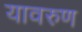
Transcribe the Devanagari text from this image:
यावरुण